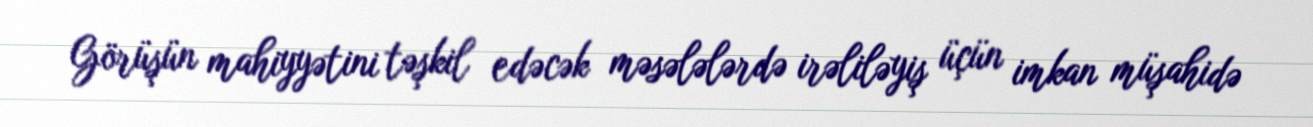
Görüşün mahiyyətini təşkil edəcək məsələlərdə irəliləyiş üçün imkan müşahidə